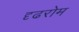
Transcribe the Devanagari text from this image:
दृढरोम